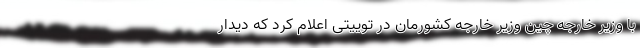
با وزیر خارجه چین وزیر خارجه کشورمان در توییتی اعلام کرد که دیدار